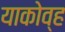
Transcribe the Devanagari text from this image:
याकोव्ह